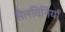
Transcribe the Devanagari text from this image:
सैलविनियाँ